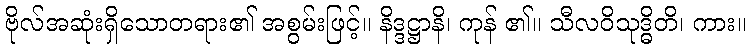
ဗိုလ်အဆုံးရှိသောတရား၏ အစွမ်းဖြင့်။ နိဒ္ဒဋ္ဌာနိ၊ ကုန် ၏။ သီလဝိသုဒ္ဓိတိ၊ ကား။